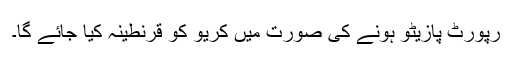
رپورٹ پازیٹو ہونے کی صورت میں کریو کو قرنطینہ کیا جائے گا۔